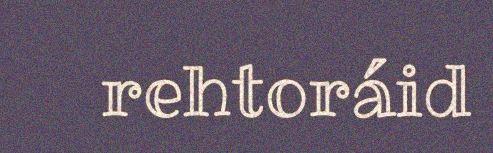
rehtoráid